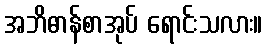
အဘိဓာန်စာအုပ် ရောင်းသလား။